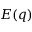
E ( q )